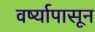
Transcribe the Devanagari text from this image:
वर्ष्यापासून